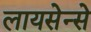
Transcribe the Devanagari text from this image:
लायसेन्से